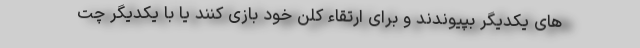
های یکدیگر بپیوندند و برای ارتقاء کلن خود بازی کنند یا با یکدیگر چت